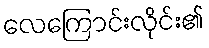
လေကြောင်းလိုင်း၏